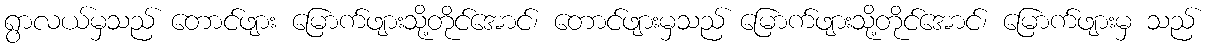
ရွာလယ်မှသည် တောင်ဖျား မြောက်ဖျားသို့တိုင်အောင်၊ တောင်ဖျားမှသည် မြောက်ဖျားသို့တိုင်အောင်၊ မြောက်ဖျားမှ သည်